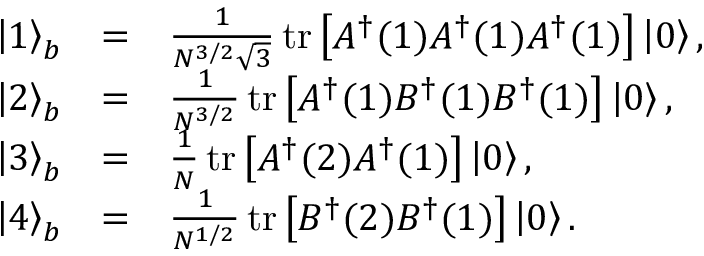
\begin{array} { l c l } { { \left| 1 \right\rangle _ { b } } } & { { = } } & { { \frac { 1 } { N ^ { 3 / 2 } \sqrt { 3 } } \, \mathrm { t r } \left[ A ^ { \dagger } ( 1 ) A ^ { \dagger } ( 1 ) A ^ { \dagger } ( 1 ) \right] \left| 0 \right\rangle , } } \\ { { \left| 2 \right\rangle _ { b } } } & { { = } } & { { \frac { 1 } { N ^ { 3 / 2 } } \, \mathrm { t r } \left[ A ^ { \dagger } ( 1 ) B ^ { \dagger } ( 1 ) B ^ { \dagger } ( 1 ) \right] \left| 0 \right\rangle , } } \\ { { \left| 3 \right\rangle _ { b } } } & { { = } } & { { \frac { 1 } { N } \, \mathrm { t r } \left[ A ^ { \dagger } ( 2 ) A ^ { \dagger } ( 1 ) \right] \left| 0 \right\rangle , } } \\ { { \left| 4 \right\rangle _ { b } } } & { { = } } & { { \frac { 1 } { N ^ { 1 / 2 } } \, \mathrm { t r } \left[ B ^ { \dagger } ( 2 ) B ^ { \dagger } ( 1 ) \right] \left| 0 \right\rangle . } } \end{array}